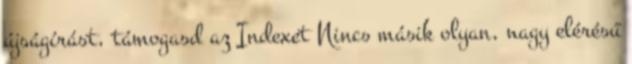
újságírást, támogasd az Indexet Nincs másik olyan, nagy elérésű